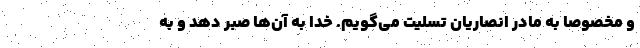
و مخصوصا به مادر انصاریان تسلیت می‌گویم. خدا به آن‌ها صبر دهد و به